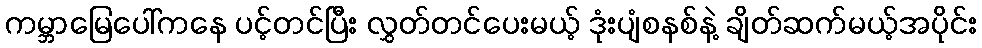
ကမ္ဘာမြေပေါ်ကနေ ပင့်တင်ပြီး လွှတ်တင်ပေးမယ့် ဒုံးပျံစနစ်နဲ့ ချိတ်ဆက်မယ့်အပိုင်း